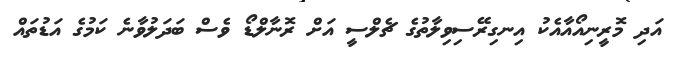
އަދި މޮރީނިއޯއާއެކު އިނގިރޭސިވިލާތުގެ ޗެލްސީ އަށް ރޮނާލްޑޯ ވެސް ބަދަލުވާނެ ކަމުގެ އަޑުތައް